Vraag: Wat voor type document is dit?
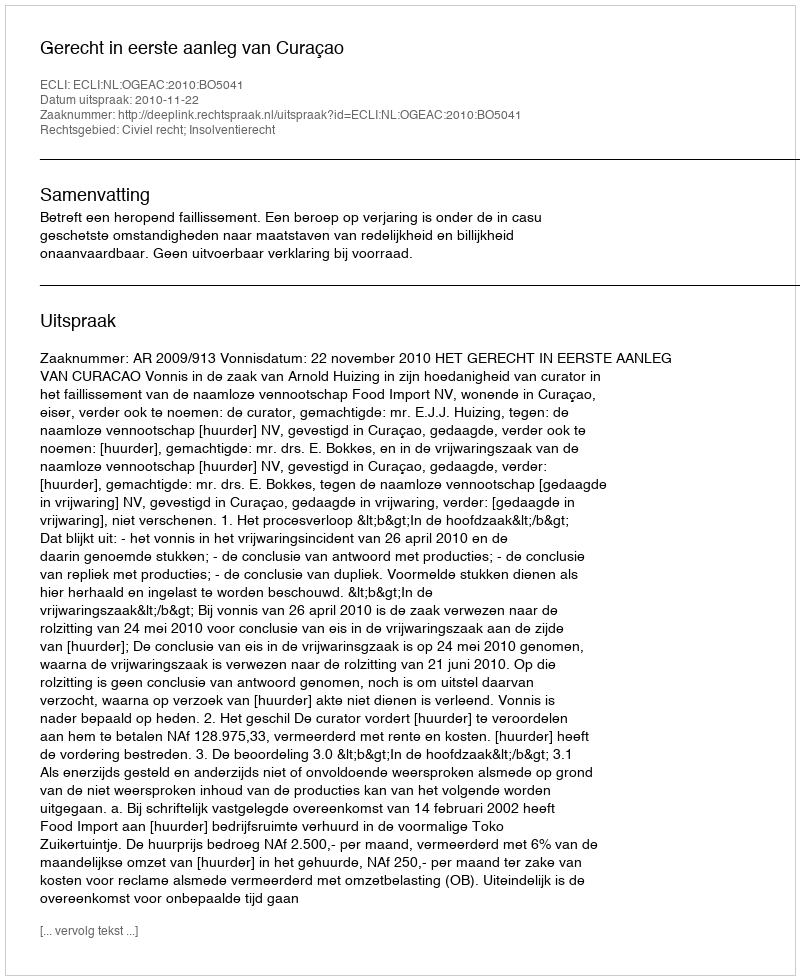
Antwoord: Uitspraak